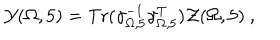
{ \cal Y } ( \Omega , 5 ) = \mathrm { T r } ( \gamma _ { \Omega , 5 } ^ { - 1 } \gamma _ { \Omega , 5 } ^ { T } ) { \cal Z } ( \Omega , 5 ) ~ ,